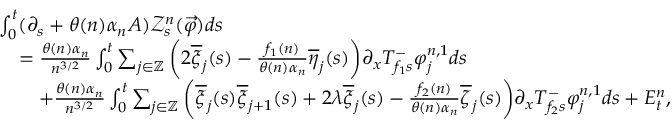
\begin{array} { r l } & { \int _ { 0 } ^ { t } ( \partial _ { s } + \theta ( n ) \alpha _ { n } A ) \mathcal { Z } _ { s } ^ { n } ( \overrightarrow { \varphi } ) d s } \\ & { \quad = \frac { \theta ( n ) \alpha _ { n } } { n ^ { 3 / 2 } } \int _ { 0 } ^ { t } \sum _ { j \in \mathbb { Z } } \bigg ( 2 \overline { { \xi } } _ { j } ( s ) - \frac { f _ { 1 } ( n ) } { \theta ( n ) \alpha _ { n } } \overline { { \eta } } _ { j } ( s ) \bigg ) \partial _ { x } T _ { f _ { 1 } s } ^ { - } \varphi _ { j } ^ { n , 1 } d s } \\ & { \qquad + \frac { \theta ( n ) \alpha _ { n } } { n ^ { 3 / 2 } } \int _ { 0 } ^ { t } \sum _ { j \in \mathbb { Z } } \bigg ( \overline { { \xi } } _ { j } ( s ) \overline { { \xi } } _ { j + 1 } ( s ) + 2 \lambda \overline { { \xi } } _ { j } ( s ) - \frac { f _ { 2 } ( n ) } { \theta ( n ) \alpha _ { n } } \overline { { \zeta } } _ { j } ( s ) \bigg ) \partial _ { x } T _ { f _ { 2 } s } ^ { - } \varphi _ { j } ^ { n , 1 } d s + E _ { t } ^ { n } , } \end{array}